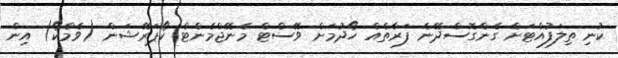
ކުނި ތިލަފުއްޓަށް ގެންގޮސްދޭނެ ފަރާތެއް ހޯދުމަށް ވޭސްޓް މެނޭޖްމެންޓް ކޯޕަރޭޝަން (ވެމްކޯ) އިން